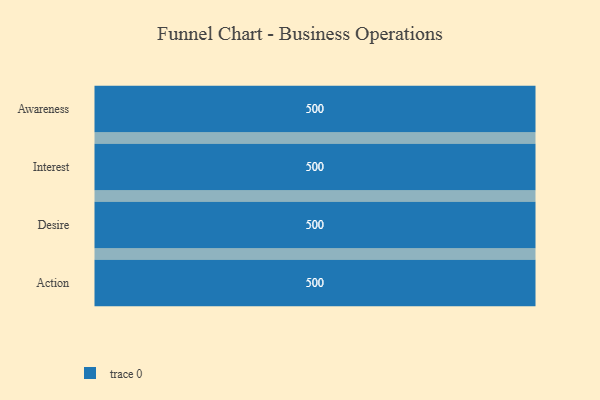
{"axis": {"x": "Stage", "y": "Value"}, "legend": [""], "data": [{"x": "Awareness", "y": 500, "type": ""}, {"x": "Interest", "y": 500, "type": ""}, {"x": "Desire", "y": 500, "type": ""}, {"x": "Action", "y": 500, "type": ""}]}